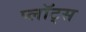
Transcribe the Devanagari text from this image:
प्लॉट्स